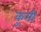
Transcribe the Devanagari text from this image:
कुमी